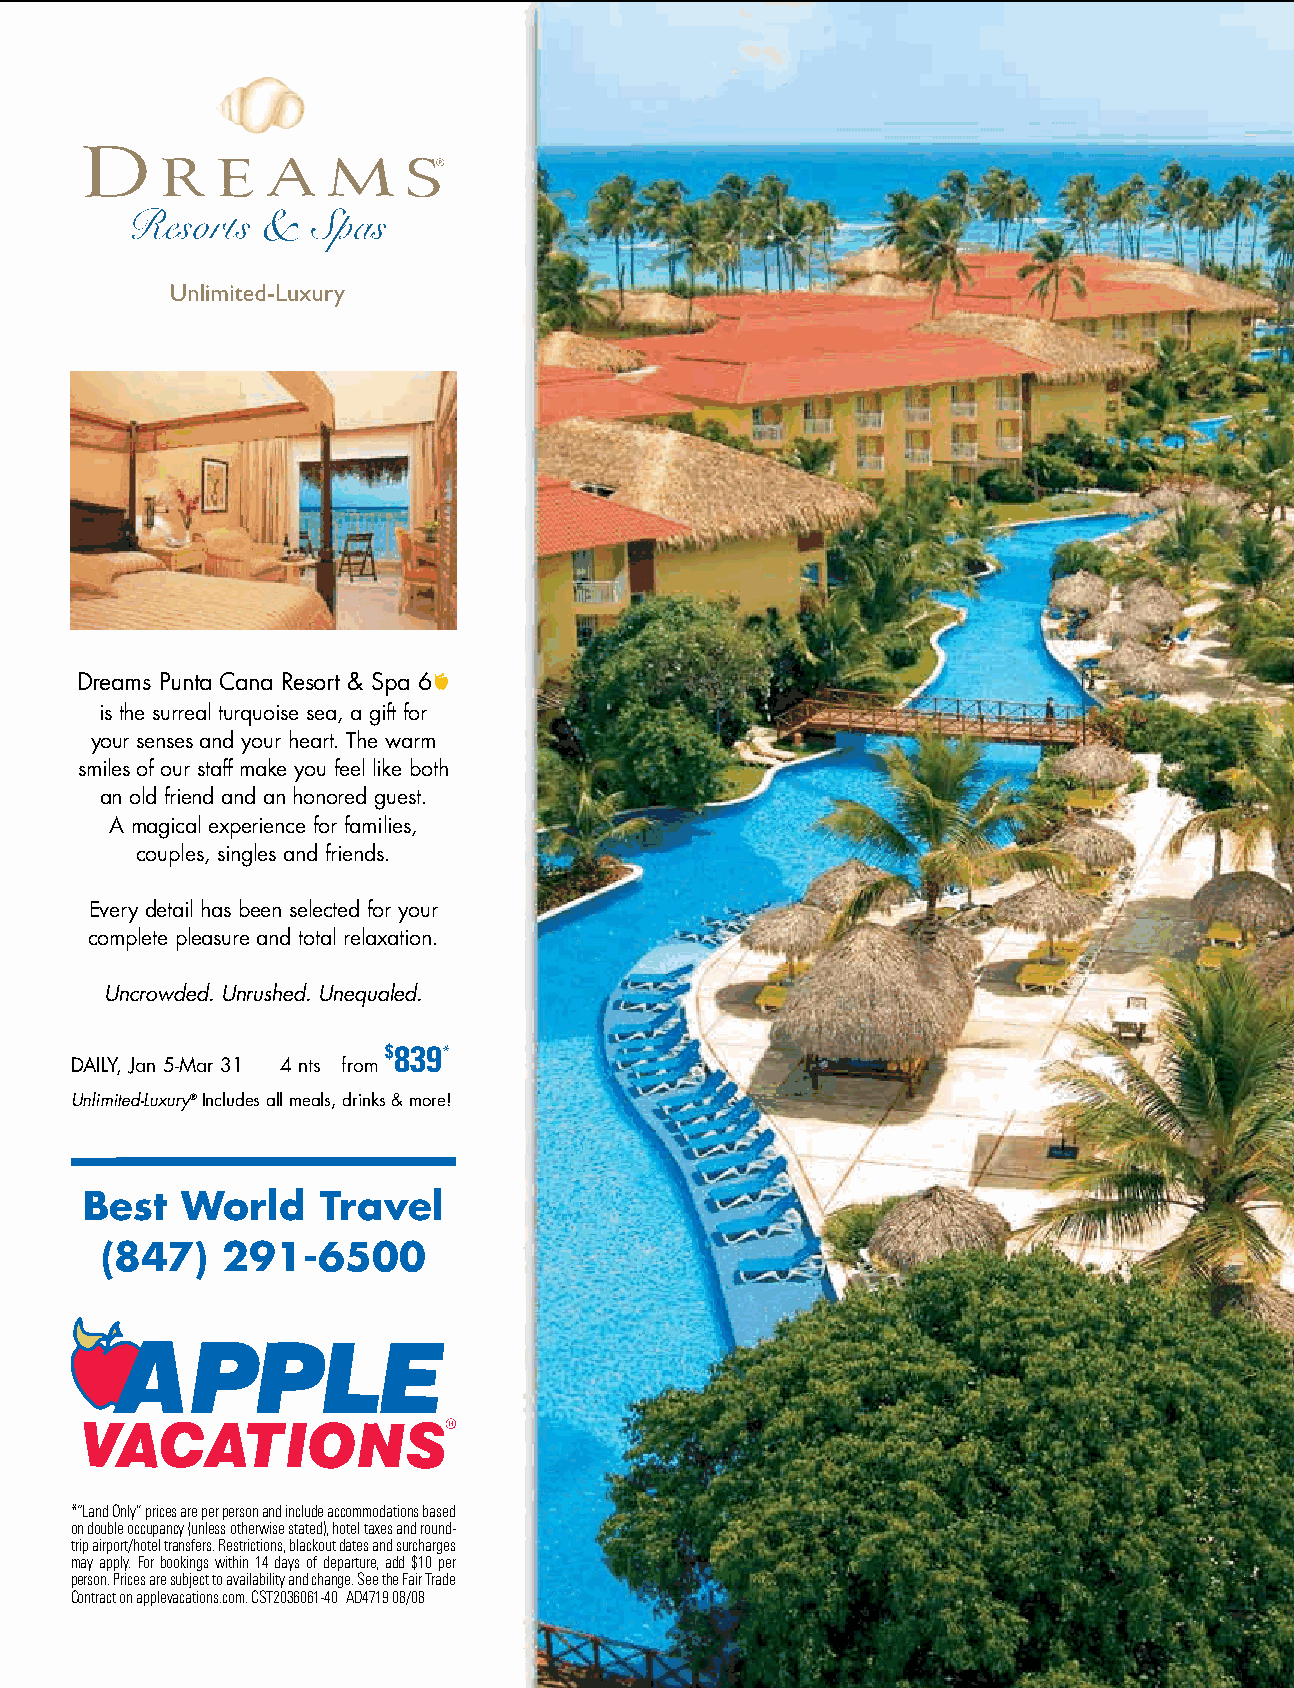
Dreams Punta Cana Resort & Spa 6å
 is the surreal turquoise sea, a gift for
 your senses and your heart. The warm
 smiles of our staff make you feel like both
 an old friend and an honored guest.
 A magical experience for families,
 couples, singles and friends.
 Every detail has been selected for your
 complete pleasure and total relaxation.
 Uncrowded. Unrushed. Unequaled.
 $839*
 DAILY, Jan 5-Mar 31 4 nts from
 Unlimited-Luxury®Includes all meals, drinks & more!
 Best  World    Travel
 (847)   291-6500
 *“Land Only” prices are per person and include accommodations based
 on double occupancy (unless otherwise stated), hotel taxes and round-
 trip airport/hotel transfers. Restrictions, blackout dates and surcharges
 may apply.For bookings within 14 days of departure, add $10 per
 person. Prices are subject to availability and change. See the Fair Trade
 Contract on applevacations.com. CST2036061-40 AD4719 08/08
 28      MARCH-APRIL 2009